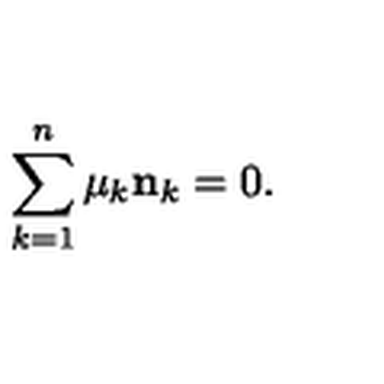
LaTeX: \sum _ { k = 1 } ^ { n } \mu _ { k } { \bf n } _ { k } = 0 .